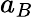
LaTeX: a_{B}